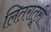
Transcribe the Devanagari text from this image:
लितरातूरी